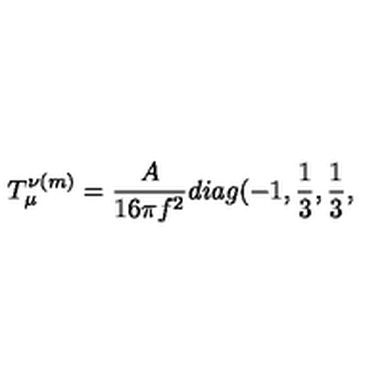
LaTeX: T _ { \mu } ^ { \nu ( m ) } = \frac { A } { 1 6 \pi f ^ { 2 } } d i a g ( - 1 , \frac { 1 } { 3 } , \frac { 1 } { 3 } ,